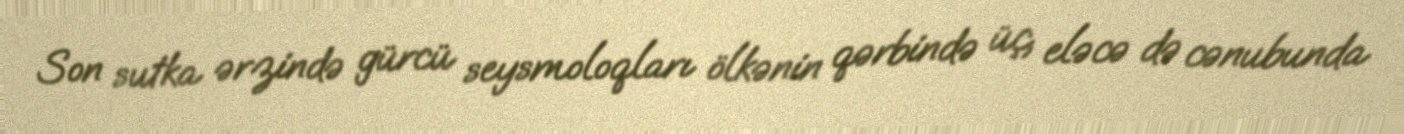
Son sutka ərzində gürcü seysmoloqları ölkənin qərbində üç, eləcə də cənubunda